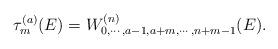
LaTeX: \begin{align*}\tau^{(a)}_m (E)=W^{(n)}_{0,\cdots, a-1, a+m,\cdots,n+m-1}(E).\end{align*}